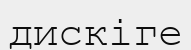
дискіге